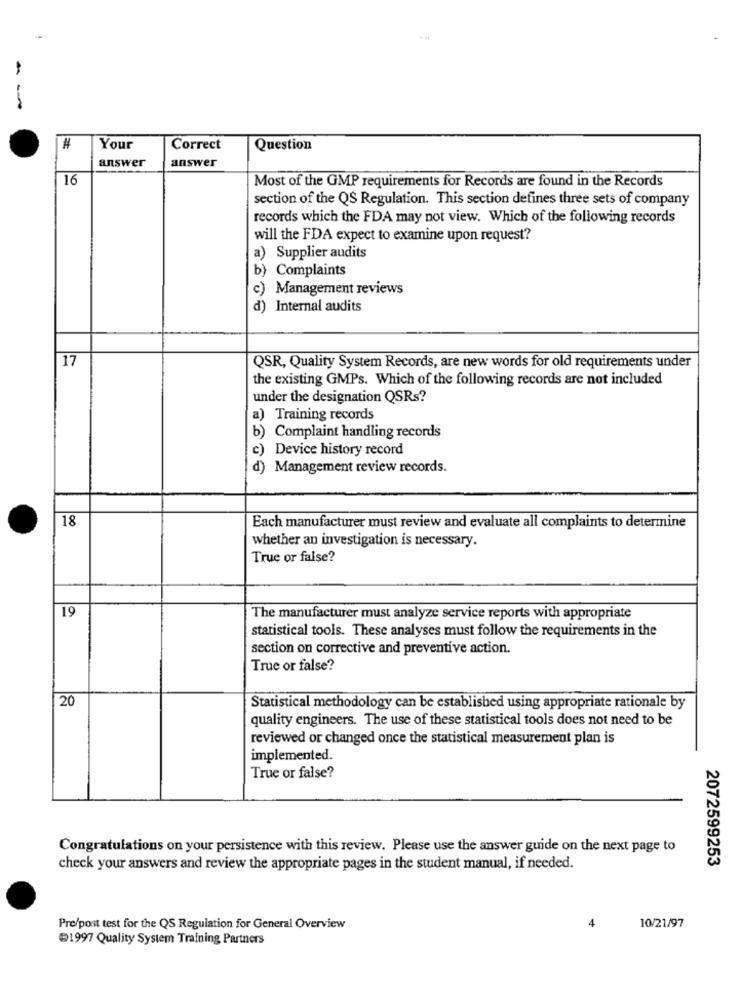
#
Your
Correct
Question
answer
answer
16
Most of the GMP requirements for Records are found in the Records
section of the QS Regulation. This section defines three sets of company
records which the FDA may not view. Which of the following records
will the FDA expect to examine upon request?
a) Supplier audits
b) Complaints
c) Management reviews
d) Internal audits
17
QSR, Quality System Records, are new words for old requirements under
the existing GMPs. Which of the following records are not included
under the designation QSRs?
a) Training records
b) Complaint handling records
c) Device history record
d) Management review records.
18
Each manufacturer must review and evaluate all complaints to determine
whether an investigation is necessary.
True or false?
19
The manufacturer must analyze service reports with appropriate
statistical tools. These analyses must follow the requirements in the
section on corrective and preventive action.
True or false?
20
Statistical methodology can be established using appropriate rationale by
quality engineers. The use of these statistical tools does not need to be
reviewed or changed once the statistical measurement plan is
implemented.
True or false?
Congratulations on your persistence with this review. Please use the answer guide on the next page to
2072599253
check your answers and review the appropriate pages in the student manual, if needed.
4
Pre/post test for the QS Regulation for General Overview
10/21/97
1997 Quality System Training Partners